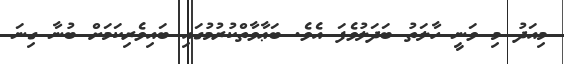
މިއަދު މި ވަނީ ހާލަތު ބަދަލުވެފަ އެވެ. ބަޢާވާތްކުރުމުގައި ބައިވެރިކަމަށް ބުނާ ގިނަ